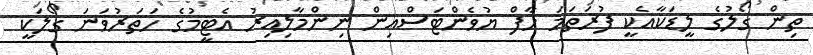
ތިން ގޯލުގެ ލީޑަކާއެކީ ފުރަތަމަ ހާފް ޔުވެންޓަސްއިން ނިންމާލިއިރު އެޓީމުގެ ހަތަރުވަނަ ގޯލަކީ